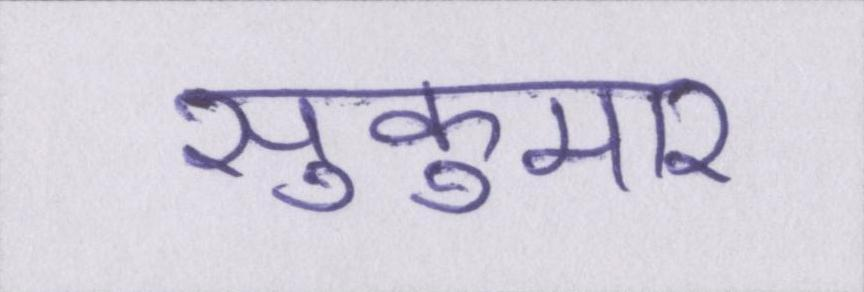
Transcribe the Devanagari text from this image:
सुकुमार